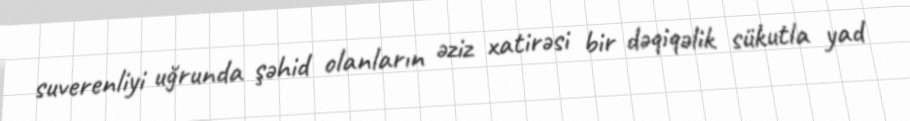
suverenliyi uğrunda şəhid olanların əziz xatirəsi bir dəqiqəlik sükutla yad